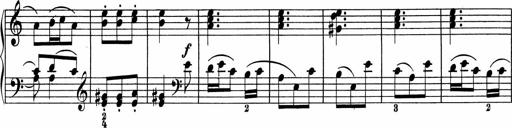
Title: 5 Sonatinen fÃ¼r die Jugend
Composer: Carl Reinecke